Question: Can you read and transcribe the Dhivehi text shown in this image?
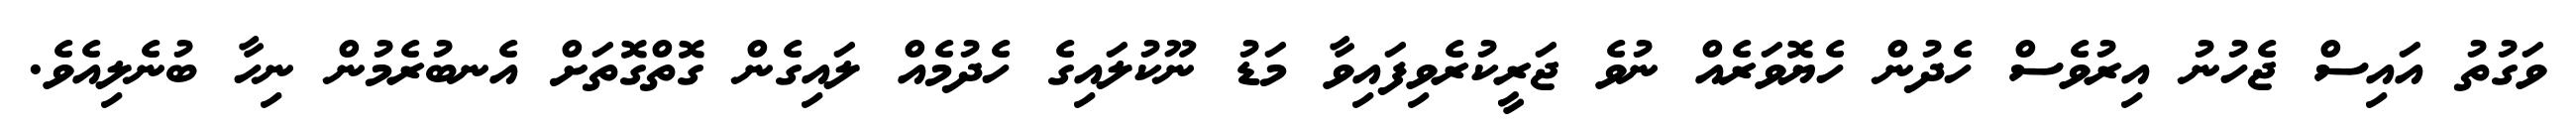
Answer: ވަގުތު އައިސް ޖެހުނު އިރުވެސް ހެދުން ހެޔޮވަރެއް ނުވެ ޖަރީކުރެވިފައިވާ މަޑު ނޫކުލައިގެ ހެދުމެއް ލައިގެން ގޮތްގޮތަށް އެނބުރެމުން ނިހާ ބުނެލިއެވެ.